Report on vaccination in Madras 1904-1921 - 1904-1921
Year: 1904
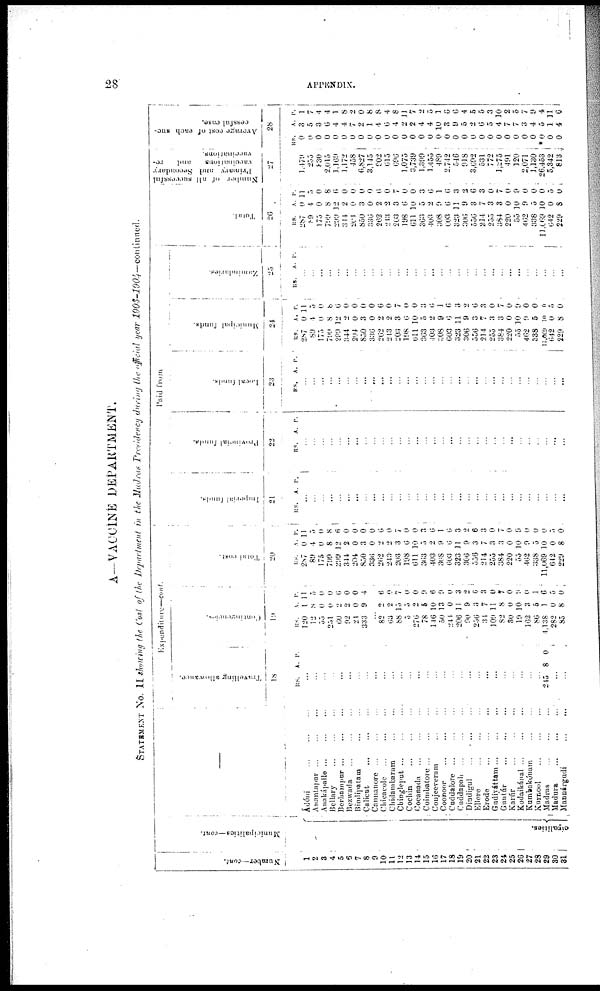
28
APPENDIX.
A—VACCINE DEPARTMENT.
STATEMENT No. II showing the Cost of the Department in the Madras Presidency during the official year
1903-1904—continued.
Number—cont.
1
2
3
4
5
6
7
8
9
10
11
12
13
14
15
16
17
18
19
20
21
22
23
24
25
26
27
28
29
30
31
Municipalities—cont.
cipalities.
—
Ádóni
...
...
...
Ananlapur ... ... ...
Anakápalle
...
...
...
Bellary
...
...
...
Berhampur
...
...
...
Bezwada
...
...
...
Bimlipatam ... ... ...
Calicut
...
...
...
Cannanore
...
...
...
Chicacole
...
...
...
Chidambaram
...
...
Chingleput
...
...
...
Cochin
...
...
...
Cocanada
...
...
...
Coimbatore
...
...
...
Conjeeveram
...
...
Coonoor ... ...
Cuddalore ... ... ...
Cuddapah ... ... ...
Dindigul
...
...
...
Ellore
...
...
...
Erode
...
...
...
Gudiyáttam
...
...
...
Guntúr
...
...
...
Karúr
...
...
Kodaikánal
...
...
...
Kumbakónam
...
...
Kurnool
...
...
...
Madras
...
...
...
Madura
...
...
...
Manuárgudi
...
...
Expenditure—cont.
Travelling allowance.
18
RS. A. P.
...
...
...
...
...
...
...
...
...
...
...
...
...
...
...
...
...
...
...
...
...
...
...
...
...
...
...
...
245 8 0
...
...
Contingencies.
19
RS.
120
12
55
251
60
92
21
333
A.
1
8
0
0
2
2
0
9
P.
11
5
0
0
6
0
0
4
...
82
63
88
5
276
78
146
50
244
206
90
256
34
109
82
30
19
162
86
4,138
282
85
2
2
15
5
2
5
10
13
0
11
9
3
7
11
8
0
10
3
3
1
0
8
6
0
7
0
0
9
6
9
0
3
2
6
3
0
7
0
9
0
1
6
5
0
Total cost.
20
RS.
287
89
175
799
299
344
204
850
336
262
243
203
198
611
363
403
308
603
323
306
556
214
255
384
220
55
462
338
11,069
642
229
A.
0
4
0
8
12
2
0
3
0
2
2
3
6
10
5
2
9
6
11
9
3
7
3
3
0
10
9
5
10
0
8
P.
11
5
0
8 6
0
0
0
0
6
0
7
0
0
3
6
1
6
3
2
6
3
0
7
0
9
0
0
0
5
0
Paid from
Imperial funds.
21
RS.
A P.
...
...
...
...
...
...
...
...
...
...
...
...
...
...
...
...
...
...
...
...
...
...
...
...
...
...
...
...
...
...
...
Provincial funds.
22
RS. A. P.
...
...
...
...
...
...
...
...
...
...
...
...
...
...
...
...
...
...
...
...
...
...
...
...
...
...
...
...
...
...
...
Local funds.
23
RS. A. P.
...
...
...
...
...
...
...
...
...
...
...
...
...
...
...
...
...
...
...
...
...
...
...
...
...
...
...
...
...
...
...
Municipal funds.
24
RS.
287
89
175
799
299
344
204
850
330
262
243
203
198
611
363
403
308
603
323
306
556
214
255
384
220
55
462
338
11,069
642
229
A.
0
4
0
8
12
2
0
3
0
2
2
3
6
10
5
2
9
6
11
9
3
7
3
3
0
10
9
5
10
0
8
P.
11
5
0
8
6
0
0
0
0
6
0
7
0
0
3
6
1
6
3
2
6
3
0
7
0
9
0
0
0
5
0
Zamindaries.
25
RS.
A. P.
...
...
...
...
...
...
...
...
...
...
...
...
...
...
...
...
...
...
...
...
...
...
...
...
...
...
...
...
...
...
...
Total.
26
RS.
287
89
175
799
209
344
204
850
336
262
243
203
198
611
363
403
308
603
323
306
556
214
255
384
220
55
462
338
11,069
642
229
A.
0
4
0
8
12
2
0
3
0
2
2
3
6
10
5
2
9
6
11
9
3
7
3
3
0
10
9
5
10
0
8
P.
11
5
0
8
6
0
0
0
0
6
0
7
0
0
3
6
1
0
3
2
6
3
0
7
0
9
0
0
0
5
0
Number of all successful
Primary and Secondary
vaccinations
and re¬
vaccinations.
27
1,479
255
830
2,015
1,169
1,172
458
6,827
3,145
902
615
696
1,075
3,739
1,399
1,455
489
2,742
546
918
3,692
531
772
1,275
491
120
2,071
1,130
26,453
5,342
813
Average cost of each suc-
cessful case.
28
RS.
0
0
0
0
0
0
0
0
0
0
0
0
0
0
0
0
0
0
0
0
0
0
0
0
0
0
0
0
*0
0
0
A.
3
5
3
6
4
4
7
2
1
4
6
4
2
2
4
4
10
3
9
5
2
6
5
4
7
7
3
4
5
1
4
P.
1
7
4
4
1
8
2
0
8
8
4
8
11
7
2
5
1
6
6
4
5
5
3
10
2
5
7
9
4
11
6